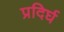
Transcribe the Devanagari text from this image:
प्रदिर्घ